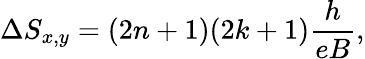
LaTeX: \Delta S_{x,y}=(2n+1)(2k+1)\frac{h}{eB},